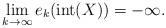
LaTeX: \begin{align*}\lim_{k \to \infty} e_k(\mathrm{int}(X)) = - \infty.\end{align*}